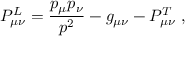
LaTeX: P _ { \mu \nu } ^ { L } = \frac { p _ { \mu } p _ { \nu } } { p ^ { 2 } } - g _ { \mu \nu } - P _ { \mu \nu } ^ { T } \ ,